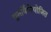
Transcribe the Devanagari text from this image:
पुनर्विनियोजित